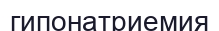
гипонатриемия